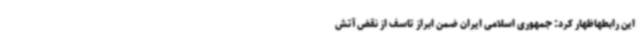
این رابطهاظهار کرد: جمهوری اسلامی ایران ضمن ابراز تاسف از نقض آتش